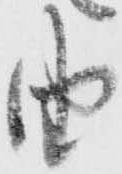
由